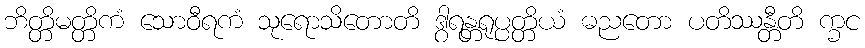
ဘိတ္တိမတ္တိကံ သောဝီရကံ သုရောသိတောတိ ဒွါရန္တရုပ္ပတ္တိယံ ဓညတော ပတိဿန္တီတိ က္ခင